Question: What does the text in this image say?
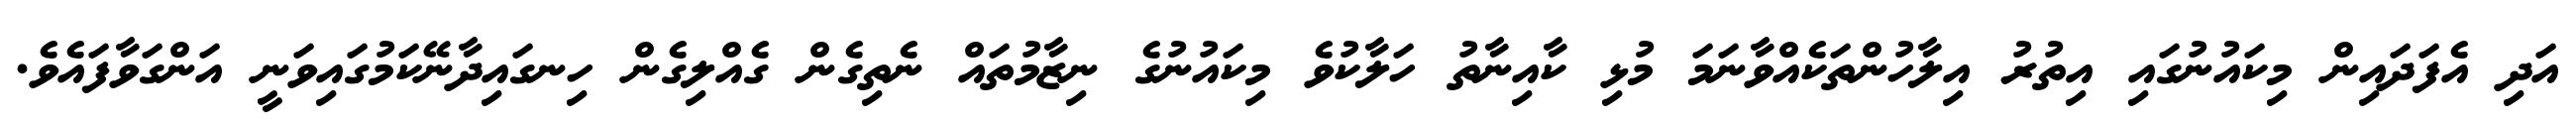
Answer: އަދި އެފަދައިން މިކައުނުގައި އިތުރު އިލާހުންތަކެއްވާނަމަ މުޅި ކާއިނާތު ހަލާކުވެ މިކައުނުގެ ނިޒާމުތައް ނެތިގެން ގެއްލިގެން ހިނގައިދާނޭކަމުގައިވަނީ އަންގަވާފައެވެ.